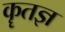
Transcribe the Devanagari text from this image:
कॄतज्ञ